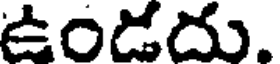
ఉండదు.